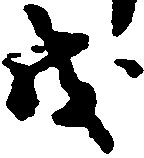
戊